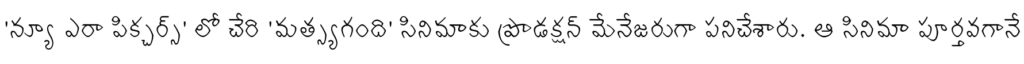
'న్యూ ఎరా పిక్చర్స్' లో చేరి 'మత్స్యగంది' సినిమాకు ప్రొడక్షన్ మేనేజరుగా పనిచేశారు. ఆ సినిమా పూర్తవగానే